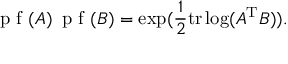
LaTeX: { \textrm { p f } } ( A ) \, { \textrm { p f } } ( B ) = \exp ( { \frac { 1 } { 2 } } \mathrm { t r } \log ( A ^ { \mathrm { T } } B ) ) .